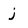
Character: j